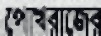
পোখরাজের